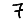
Digit: 7